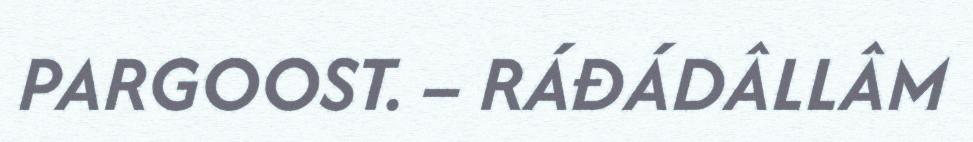
PARGOOST. – RÁĐÁDÂLLÂM